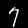
Label: 7